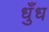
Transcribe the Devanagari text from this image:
धुँध